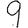
Digit: 9